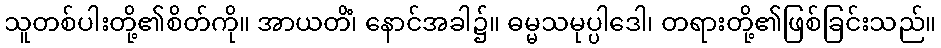
သူတစ်ပါးတို့၏စိတ်ကို။ အာယတိံ၊ နောင်အခါ၌။ ဓမ္မသမုပ္ပါဒေါ၊ တရားတို့၏ဖြစ်ခြင်းသည်။